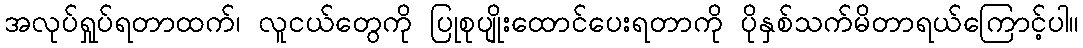
အလုပ်ရှုပ်ရတာထက်၊ လူငယ်တွေကို ပြုစုပျိုးထောင်ပေးရတာကို ပိုနှစ်သက်မိတာရယ်ကြောင့်ပါ။